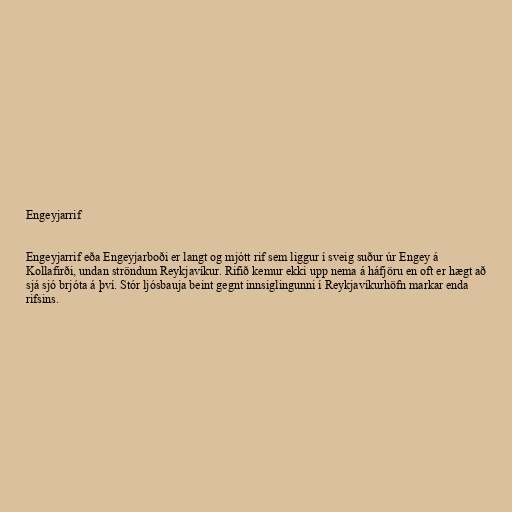
Engeyjarrif

Engeyjarrif eða Engeyjarboði er langt og mjótt rif sem liggur í sveig suður úr Engey á
Kollafirði, undan ströndum Reykjavíkur. Rifið kemur ekki upp nema á háfjöru en oft er hægt að
sjá sjó brjóta á því. Stór ljósbauja beint gegnt innsiglingunni í Reykjavíkurhöfn markar enda
rifsins.